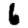
Digit: 6